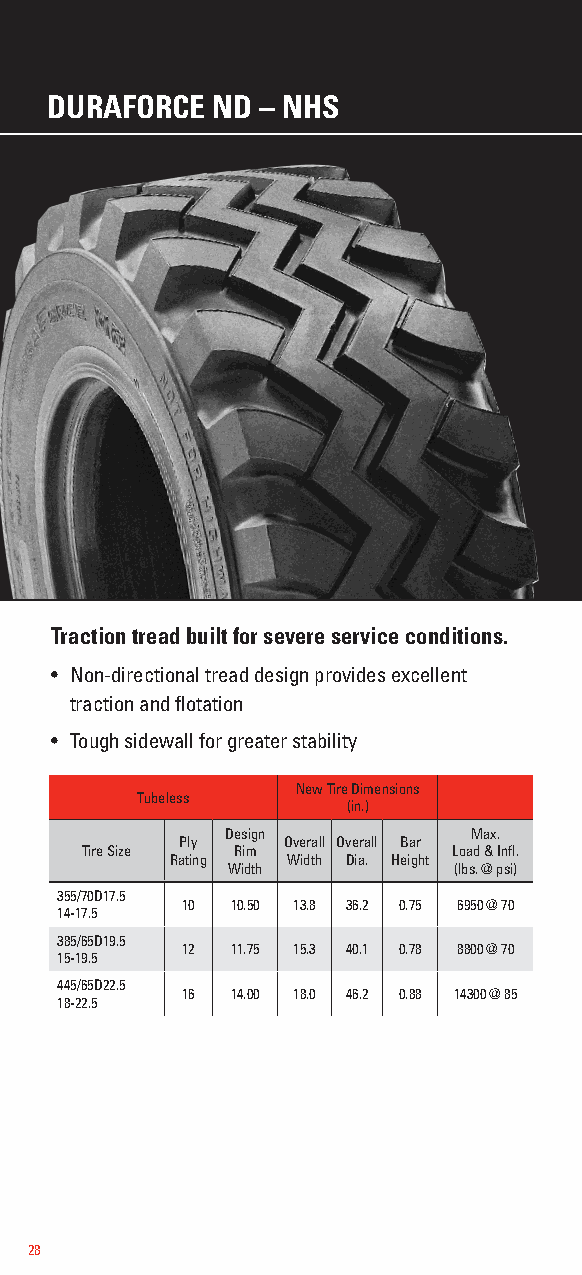
DURAFORCE  ND – NHS
 Traction tread built for severe service conditions.
 • Non-directional tread design provides excellent
 traction and flotation
 • Tough sidewall for greater stability
 New Tire Dimensions
 Tubeless
 (in.)
 Design          Max.
 Ply    Overall Overall Bar
 Tire Size Rim            Load & Infl.
 Rating  Width Dia. Height
 Width          (lbs. @ psi)
 355/70D17.5
 10 10.50 13.8 36.2 0.75 6950 @ 70
 14-17.5
 385/65D19.5
 12 11.75 15.3 40.1 0.78 8800 @ 70
 15-19.5
 445/65D22.5
 16 14.00 18.0 46.2 0.88 14300 @ 85
 18-22.5
 28